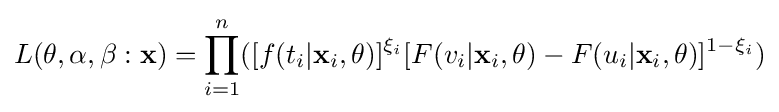
L(\mathbf {\theta } ,\alpha ,\beta :{\mathbf {x} })=\prod _{i=1}^{n}([f(t_{i}|\mathbf {x} _{i},\mathbf {\theta } )]^{\xi _{i}}[F(v_{i}|\mathbf {x} _{i},\mathbf {\theta } )-F(u_{i}|\mathbf {x} _{i},\mathbf {\theta } )]^{1-\xi _{i}})